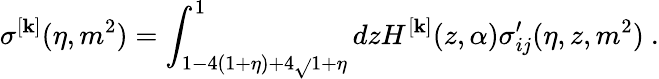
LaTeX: \sigma^{[\mathbf{k}]}(\eta,m^{2})=\int_{1-4(1+\eta)+4\sqrt{}{{1+\eta}}}^{1}dzH^{[\mathbf{k}]}(z,\alpha)\sigma_{ij}^{\prime}(\eta,z,m^{2})\ .